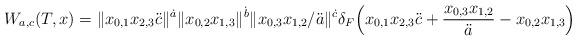
LaTeX: \begin{align*} W_{a,c}(T,x) = \|x_{0,1}x_{2,3}\ddot c\|^{\dot a}\|x_{0,2}x_{1,3}\|^{\dot b} \|x_{0,3}x_{1,2}/\ddot a\|^{\dot c}\delta_{F}\Big(x_{0,1}x_{2,3}\ddot c +\frac{x_{0,3}x_{1,2}}{\ddot a}-x_{0,2}x_{1,3}\Big)\end{align*}